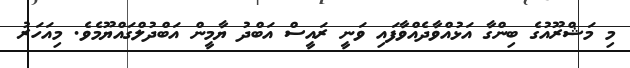
މި މަޝްރޫއުގެ ބިންގާ އަޅުއްވާދެއްވާފައި ވަނީ ރައީސް އަބްދު ޔާމީން އަބްދުލްގައްޔޫމެވެ. މިއަހަރު